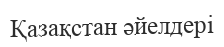
Қазақстан әйелдері